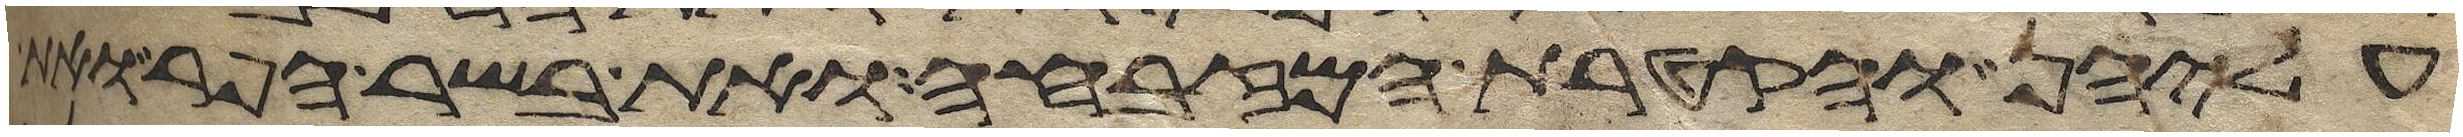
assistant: עליהן והקטרת המזבחה ואת בשר הפר ואת